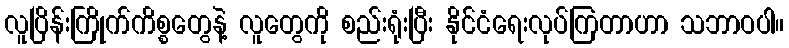
လူပြိန်းကြိုက်ကိစ္စတွေနဲ့ လူတွေကို စည်းရုံးပြီး နိုင်ငံရေးလုပ်ကြတာဟာ သဘာဝပါ။